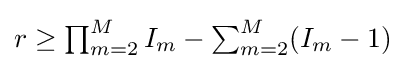
{\textstyle r\geq \prod _{m=2}^{M}I_{m}-\sum _{m=2}^{M}(I_{m}-1)}